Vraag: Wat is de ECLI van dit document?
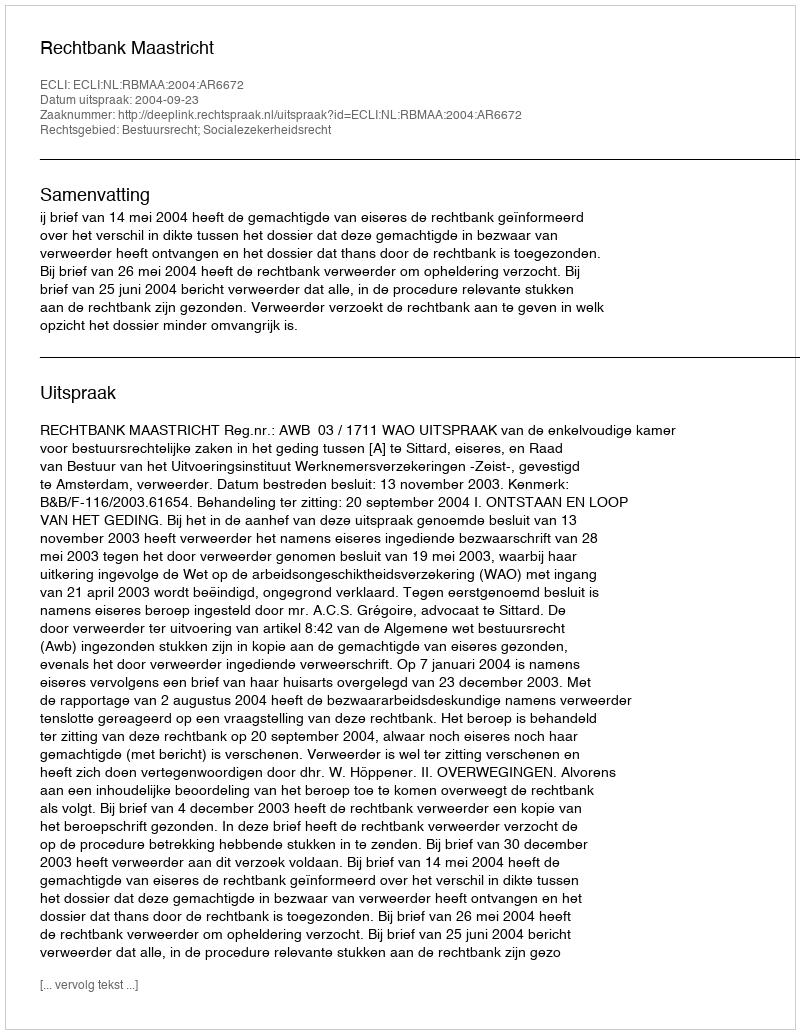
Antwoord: ECLI:NL:RBMAA:2004:AR6672